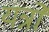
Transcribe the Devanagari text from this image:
यत्रो